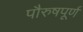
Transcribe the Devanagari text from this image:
पौरुषपूर्ण